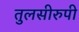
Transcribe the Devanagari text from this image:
तुलसीरुपी